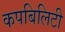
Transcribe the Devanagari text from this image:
कपबिलिटी